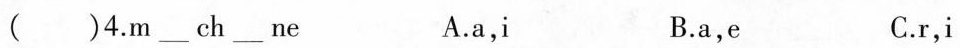
( )4.m ___ ch ___ ne A.a,i B.a,e C.r,i